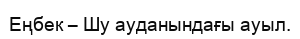
Еңбек – Шу ауданындағы ауыл.